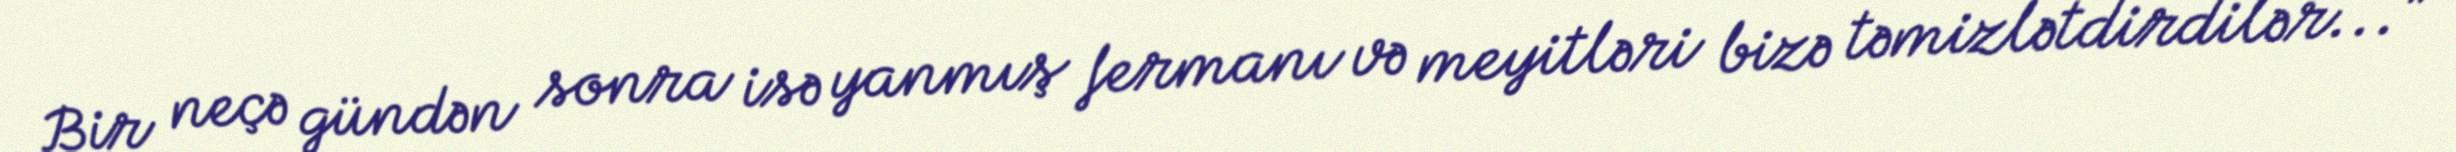
Bir neçə gündən sonra isə yanmış fermanı və meyitləri bizə təmizlətdirdilər...”